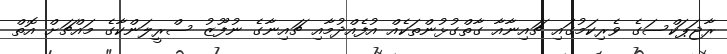
ރާޖަޕަކްސަގެ ވެރިކަމުގައި ޗައިނާއާ ގާތްގުޅުންތަކެއް އުފެއްދުމާއި ޗައިނާގެ ނުފޫޒު ސްރީލަންކާގެ މައްޗަށް އޮތް